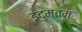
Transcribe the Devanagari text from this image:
इंदुमतम्